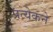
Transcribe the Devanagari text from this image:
प्रत्येकने